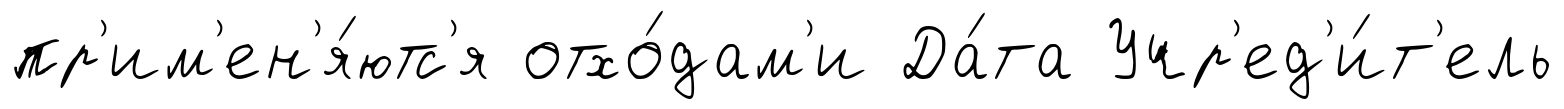
пр'им'ен'я́ютс'я отхо́дам'и Да́та Учр'ед'и́т'ель